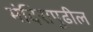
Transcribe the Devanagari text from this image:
मंदिरापुढील